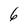
Character: 6